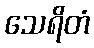
သေရိတံ